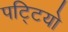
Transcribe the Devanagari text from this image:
पट्टियो